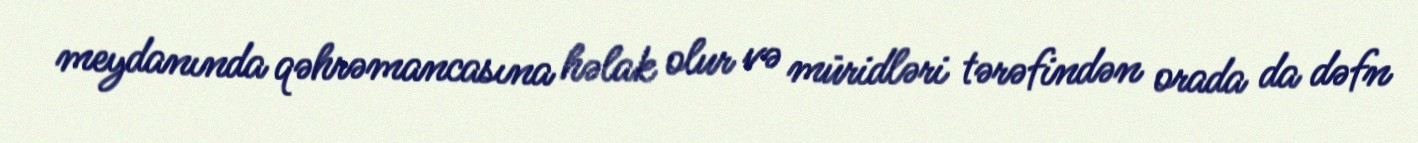
meydanında qəhrəmancasına həlak olur və müridləri tərəfindən orada da dəfn